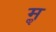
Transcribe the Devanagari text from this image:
मॢ